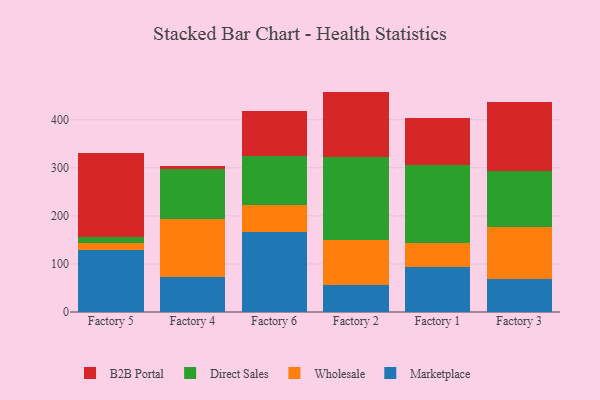
{"axis": {"x": "Factory", "y": "Budget (USD K)"}, "legend": ["B2B Portal", "Direct Sales", "Marketplace", "Wholesale"], "data": [{"x": "Factory 5", "y": 128.1, "type": "Marketplace"}, {"x": "Factory 5", "y": 15.7, "type": "Wholesale"}, {"x": "Factory 5", "y": 11.8, "type": "Direct Sales"}, {"x": "Factory 5", "y": 175.2, "type": "B2B Portal"}, {"x": "Factory 4", "y": 71.9, "type": "Marketplace"}, {"x": "Factory 4", "y": 121.9, "type": "Wholesale"}, {"x": "Factory 4", "y": 103.6, "type": "Direct Sales"}, {"x": "Factory 4", "y": 5.8, "type": "B2B Portal"}, {"x": "Factory 6", "y": 166.1, "type": "Marketplace"}, {"x": "Factory 6", "y": 56.0, "type": "Wholesale"}, {"x": "Factory 6", "y": 101.6, "type": "Direct Sales"}, {"x": "Factory 6", "y": 93.5, "type": "B2B Portal"}, {"x": "Factory 2", "y": 55.6, "type": "Marketplace"}, {"x": "Factory 2", "y": 94.0, "type": "Wholesale"}, {"x": "Factory 2", "y": 172.5, "type": "Direct Sales"}, {"x": "Factory 2", "y": 136.4, "type": "B2B Portal"}, {"x": "Factory 1", "y": 93.3, "type": "Marketplace"}, {"x": "Factory 1", "y": 50.1, "type": "Wholesale"}, {"x": "Factory 1", "y": 161.9, "type": "Direct Sales"}, {"x": "Factory 1", "y": 97.8, "type": "B2B Portal"}, {"x": "Factory 3", "y": 69.0, "type": "Marketplace"}, {"x": "Factory 3", "y": 107.8, "type": "Wholesale"}, {"x": "Factory 3", "y": 115.7, "type": "Direct Sales"}, {"x": "Factory 3", "y": 144.3, "type": "B2B Portal"}]}